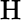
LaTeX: \textrm{H}